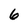
Character: 6